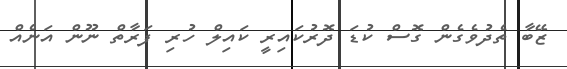
ޒޭބާ ތެދުވެގެން ގޮސް ކުޑަ ދޮރުކައިރީ ކައިލް ހުރި ފަރާތް ނޫން އަނެއް